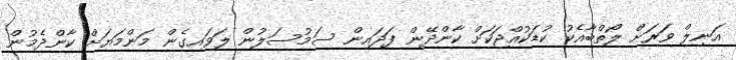
އަނިލް ވަރަށް ލޯތްބާއެކު ކުޑަކުއްޖަކަށް ކާންދޭން ފަދައިން ސަމުސަލުން ލަވައިގެން މަންމަޔަށް ކާންދެމުން